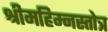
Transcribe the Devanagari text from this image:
श्रीमहिम्नस्तोत्र